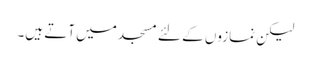
لیکن نمازوں کے لئے مسجد میں آتے ہیں۔